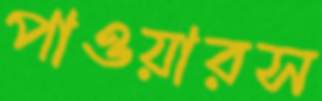
পাওয়ারস